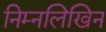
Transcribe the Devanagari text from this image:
निम्नलिखिन